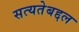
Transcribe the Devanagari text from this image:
सत्यतेबद्दल